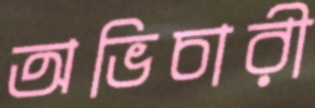
অভিচারী